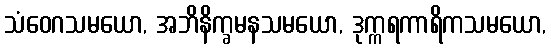
သံဝေဂသမယော, အဘိနိက္ခမနသမယော, ဒုက္ကရကာရိကသမယော,